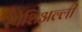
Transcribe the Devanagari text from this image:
स्पेशिअल्ली